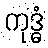
ကုဒ္ဓံ